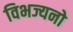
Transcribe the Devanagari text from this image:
विभज्यनो